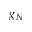
g _ { N }